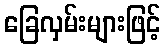
ခြေလှမ်းများဖြင့်